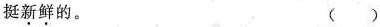
挺\underset{·}{新}\underset{·}{鲜}的。 ( )